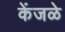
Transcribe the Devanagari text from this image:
केंजळे